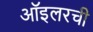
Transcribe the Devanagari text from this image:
ऑइलरची